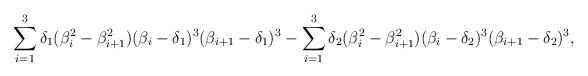
LaTeX: \begin{align*}\sum_{i=1}^{3}\delta_{1}(\beta_{i}^{2}-\beta_{i+1}^{2})(\beta_{i}-\delta_{1})^{3}(\beta_{i+1}-\delta_{1})^{3}- \sum_{i=1}^{3}\delta_{2}(\beta_{i}^{2}-\beta_{i+1}^{2})(\beta_{i}-\delta_{2})^{3}(\beta_{i+1}-\delta_{2})^{3},\end{align*}